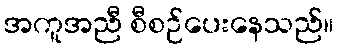
အကူအညီ စီစဉ်ပေးနေသည်။